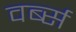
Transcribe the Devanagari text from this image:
वर्ब्स